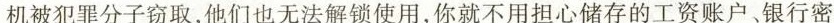
机被犯罪分子窃取，他们也无法解锁使用，你就不用担心储存的工资账户、银行密